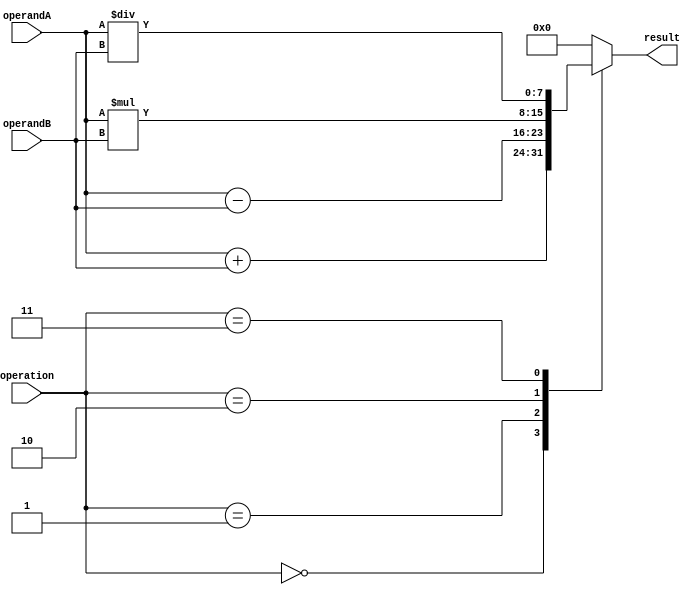
module ALU(
    input [7:0] operandA,
    input [7:0] operandB,
    input [2:0] operation,
    output reg [7:0] result
);

always @(*)
begin
    case(operation)
        3'b000: // Addition
            result = operandA + operandB;
        3'b001: // Subtraction
            result = operandA - operandB;
        3'b010: // Multiplication
            result = operandA * operandB;
        3'b011: // Division
            result = operandA / operandB;
        default: // Unsupported operation
            result = 8'b00000000; // Output zeros if operation is not supported
    endcase
end

endmodule